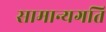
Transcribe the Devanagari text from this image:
सामान्यगति